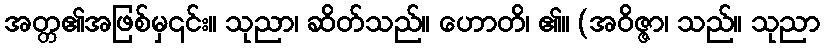
အတ္တ၏အဖြစ်မှ၎င်း။ သုညာ၊ ဆိတ်သည်။ ဟောတိ၊ ၏။ (အဝိဇ္ဇာ၊ သည်။ သုညာ